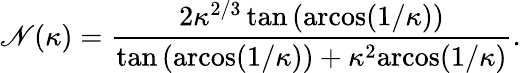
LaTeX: \mathscr{N}(\kappa)=\frac{{2\kappa^{2/3}\tan\left(\textrm{{arcos}}(1/\kappa)\right)}}{{\tan\left(\textrm{{arcos}}(1/\kappa)\right)+\kappa^{2}\textrm{{arcos}}(1/\kappa)}}.